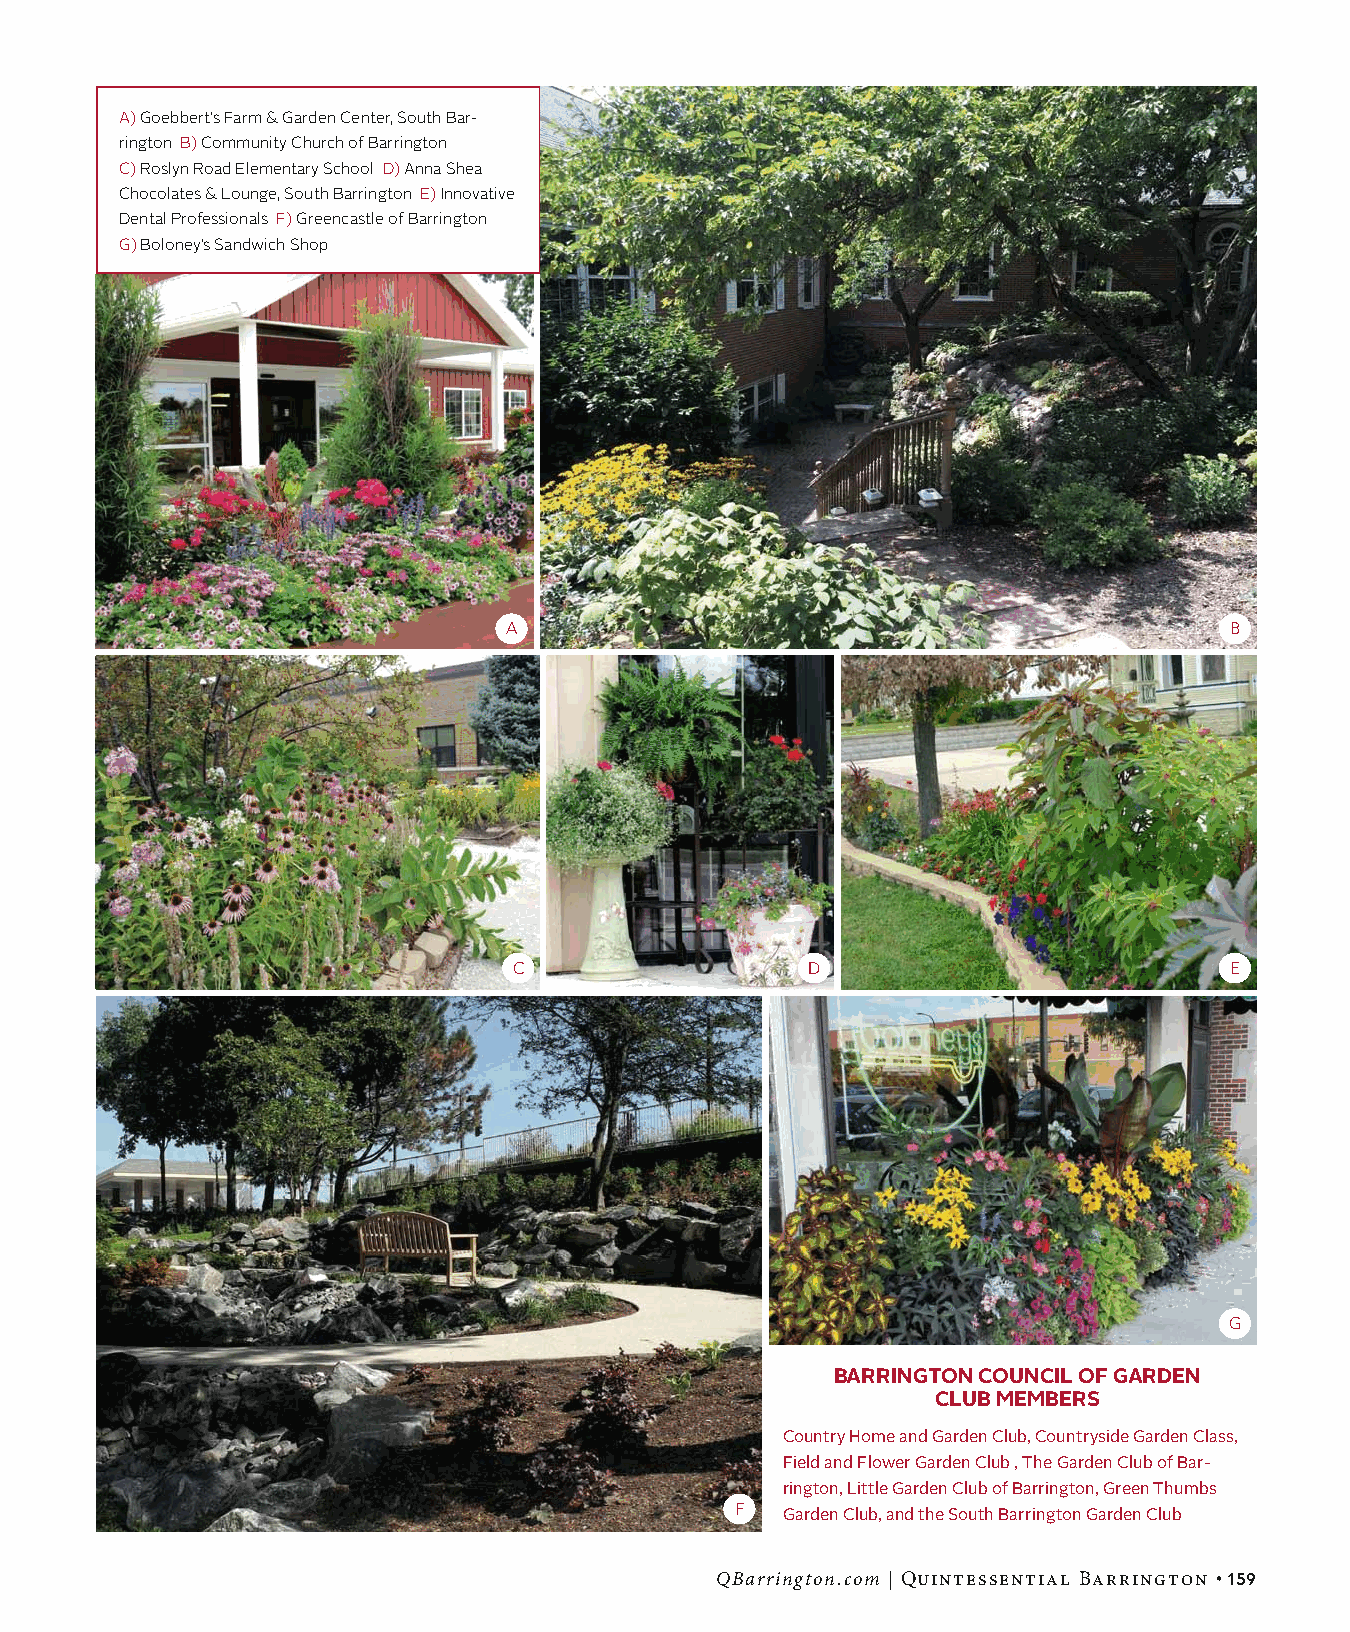
A) Goebbert’s Farm & Garden Center, South Bar-
 rington B) Community Church of Barrington
 C) Roslyn Road Elementary School D) Anna Shea
 Chocolates & Lounge, South Barrington E) Innovative
 Dental Professionals F) Greencastle of Barrington
 G) Boloney’s Sandwich Shop
 A                                               B
 C                   D                          E
 G
 Barrington CounCil of garden
 CluB MeMBers
 Country Home and Garden Club, Countryside Garden Class,
 Field and Flower Garden Club , The Garden Club of Bar-
 rington, Little Garden Club of Barrington, Green Thumbs
 F
 Garden Club, and the South Barrington Garden Club
 QBarrington.com | Quintessential Barrington •159